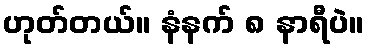
ဟုတ်တယ်။ နံနက် ၈ နာရီပဲ။